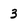
Character: 3